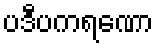
ပဒီပကရဏော